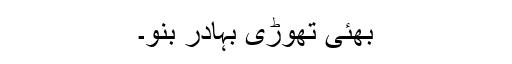
بھئی تھوڑی بہادر بنو۔